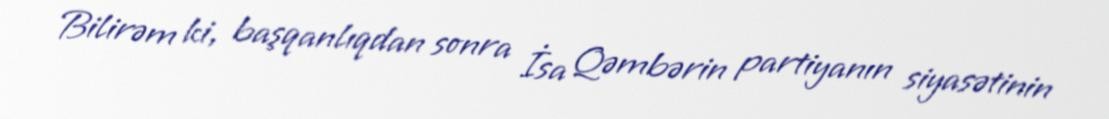
Bilirəm ki, başqanlıqdan sonra İsa Qəmbərin partiyanın siyasətinin